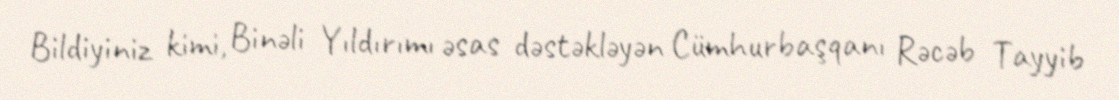
Bildiyiniz kimi, Binəli Yıldırımı əsas dəstəkləyən Cümhurbaşqanı Rəcəb Tayyib